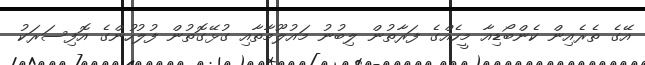
އޭގެ ތެރެއިން ކެންބޯޑިއާ މީހެއްގެ ފަރާތުުން ލިބުނު މައުލޫމާތާއި ގުޅޭގޮތުން ފުލުހުންގެ އޮފިސަރަކު